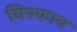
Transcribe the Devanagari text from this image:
बिस्काय